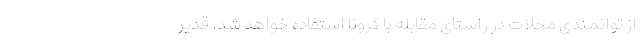
از توانمندی محلات در راستای مقابله با کرونا استفاده خواهد شد. قدیر